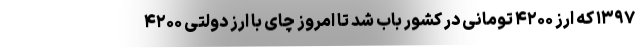
۱۳۹۷ که ارز ۴۲۰۰ تومانی در کشور باب شد تا امروز چای با ارز دولتی ۴۲۰۰